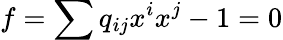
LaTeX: f=\sum q{}_{ij}x^{i}x^{j}-1=0